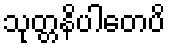
သုတ္တနိပါတေပိ